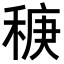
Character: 𫀻